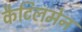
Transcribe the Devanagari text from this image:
कैटिलमेन